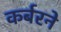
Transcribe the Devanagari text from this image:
कर्बरने